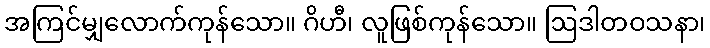
အကြင်မျှလောက်ကုန်သော။ ဂိဟီ၊ လူဖြစ်ကုန်သော။ ဩဒါတဝသနာ၊